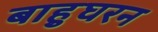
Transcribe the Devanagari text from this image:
बाहुघरन